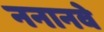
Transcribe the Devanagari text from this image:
ननानवे